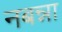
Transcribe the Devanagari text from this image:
नबन्ना